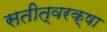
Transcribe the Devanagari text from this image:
सतीत्वरक्षा